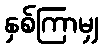
နှစ်ကြာမျှ